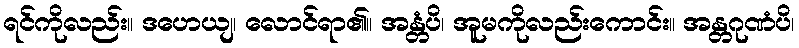
ရင်ကိုလည်း။ ဒဟေယျ၊ လောင်ရာ၏။ အန္တံပိ၊ အူမကိုလည်းကောင်း။ အန္တဂုဏံပိ၊